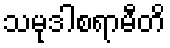
သမုဒါစရာမီတိ